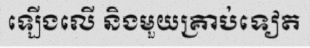
ឡើងលើ និងមួយគ្រាប់ទៀត